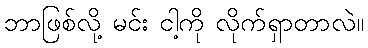
ဘာဖြစ်လို့ မင်း ငါ့ကို လိုက်ရှာတာလဲ။